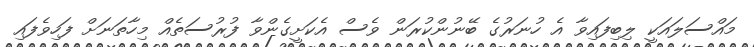
މައްސަލައަކީ ލިބިފައިވާ އެ ހުނަރުގެ ބޭނުންކުރަން ވެސް އެކަށީގެންވާ ފުރުސަތެއް މިހާތަނަށް ފަހިވެފައި